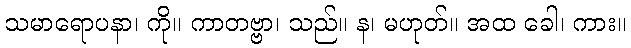
သမာရောပနာ၊ ကို။ ကာတဗ္ဗာ၊ သည်။ န၊ မဟုတ်။ အထ ခေါ၊ ကား။